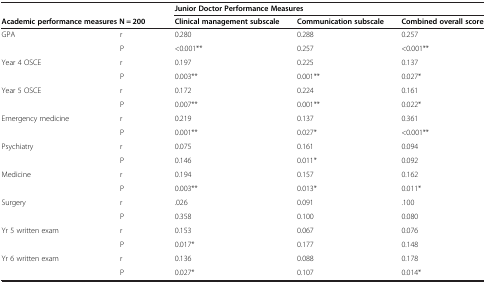
| <COLSPAN=2>  | <COLSPAN=3> Junior Doctor Performance Measures |
 | <COLSPAN=2> Academic performance measures N = 200 | Clinical management subscale | Communication subscale | Combined overall score |
 | --- | --- | --- | --- | --- |
 | <ROWSPAN=2> GPA | r | 0.280 | 0.288 | 0.257 |
 | P | <0.001** | 0.257 | <0.001** |
 | <ROWSPAN=2> Year 4 OSCE | r | 0.197 | 0.225 | 0.137 |
 | P | 0.003** | 0.001** | 0.027* |
 | <ROWSPAN=2> Year 5 OSCE | r | 0.172 | 0.224 | 0.161 |
 | P | 0.007** | 0.001** | 0.022* |
 | <ROWSPAN=2> Emergency medicine | r | 0.219 | 0.137 | 0.361 |
 | P | 0.001** | 0.027* | <0.001** |
 | <ROWSPAN=2> Psychiatry | r | 0.075 | 0.161 | 0.094 |
 | P | 0.146 | 0.011* | 0.092 |
 | <ROWSPAN=2> Medicine | r | 0.194 | 0.157 | 0.162 |
 | P | 0.003** | 0.013* | 0.011* |
 | <ROWSPAN=2> Surgery | r | .026 | 0.091 | .100 |
 | P | 0.358 | 0.100 | 0.080 |
 | <ROWSPAN=2> Yr 5 written exam | r | 0.153 | 0.067 | 0.076 |
 | P | 0.017* | 0.177 | 0.148 |
 | <ROWSPAN=2> Yr 6 written exam | r | 0.136 | 0.088 | 0.178 |
 | P | 0.027* | 0.107 | 0.014* |